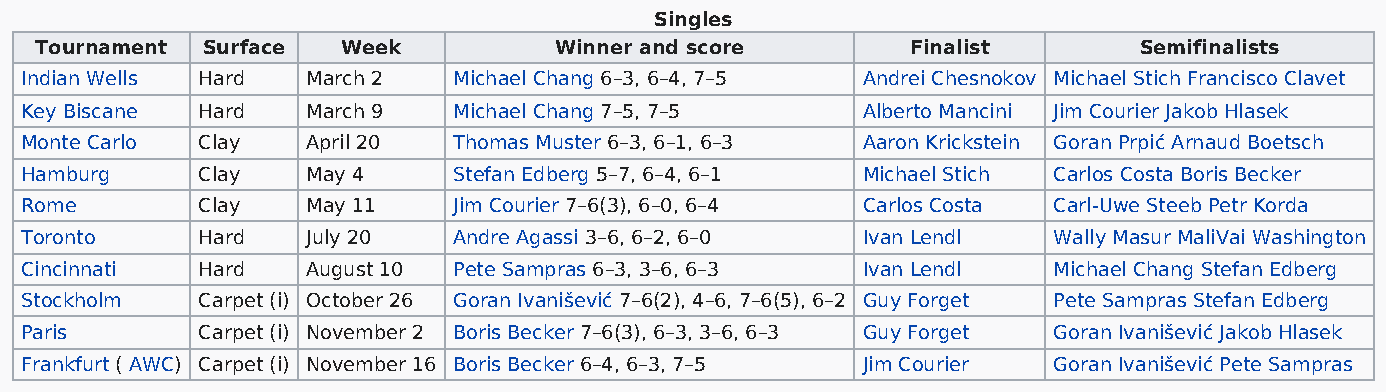
Singles
 Tournament Surface   Week          Winner and score       Finalist       Semifinalists
 Indian Wells Hard  March 2   Michael Chang 6–3, 6–4, 7–5 Andrei Chesnokov Michael Stich Francisco Clavet
 Key Biscane Hard   March 9   Michael Chang 7–5, 7–5     Alberto Mancini Jim Courier Jakob Hlasek
 Monte Carlo Clay   April 20  Thomas Muster 6–3, 6–1, 6–3 Aaron Krickstein Goran Prpić Arnaud Boetsch
 Hamburg     Clay   May 4     Stefan Edberg 5–7, 6–4, 6–1 Michael Stich Carlos Costa Boris Becker
 Rome        Clay   May 11    Jim Courier 7–6(3), 6–0, 6–4 Carlos Costa Carl-Uwe Steeb Petr Korda
 Toronto     Hard   July 20   Andre Agassi 3–6, 6–2, 6–0 Ivan Lendl   Wally Masur MaliVai Washington
 Cincinnati  Hard   August 10 Pete Sampras 6–3, 3–6, 6–3 Ivan Lendl   Michael Chang Stefan Edberg
 Stockholm   Carpet (i) October 26 Goran Ivanišević 7–6(2), 4–6, 7–6(5), 6–2 Guy Forget Pete Sampras Stefan Edberg
 Paris       Carpet (i) November 2 Boris Becker 7–6(3), 6–3, 3–6, 6–3 Guy Forget Goran Ivanišević Jakob Hlasek
 Frankfurt ( AWC) Carpet (i) November 16 Boris Becker 6–4, 6–3, 7–5 Jim Courier Goran Ivanišević Pete Sampras